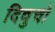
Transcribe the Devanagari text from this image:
दिवुचो